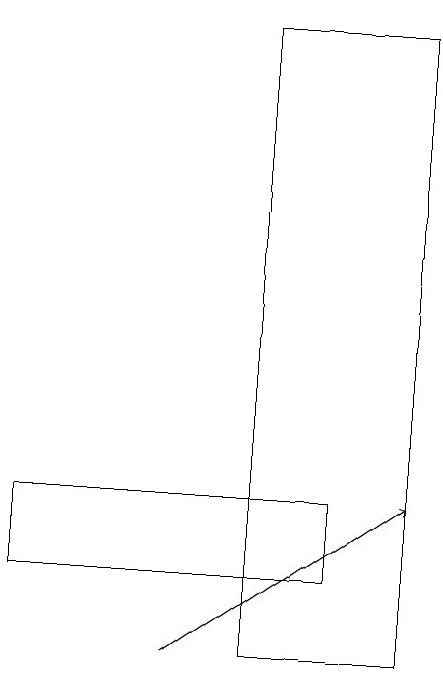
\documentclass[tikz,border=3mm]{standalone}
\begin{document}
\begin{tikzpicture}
\draw[->] (2,11) -- (5,13);
\draw (3,19) rectangle (5,11);
\draw (4,12) rectangle (0,13);
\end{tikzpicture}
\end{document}